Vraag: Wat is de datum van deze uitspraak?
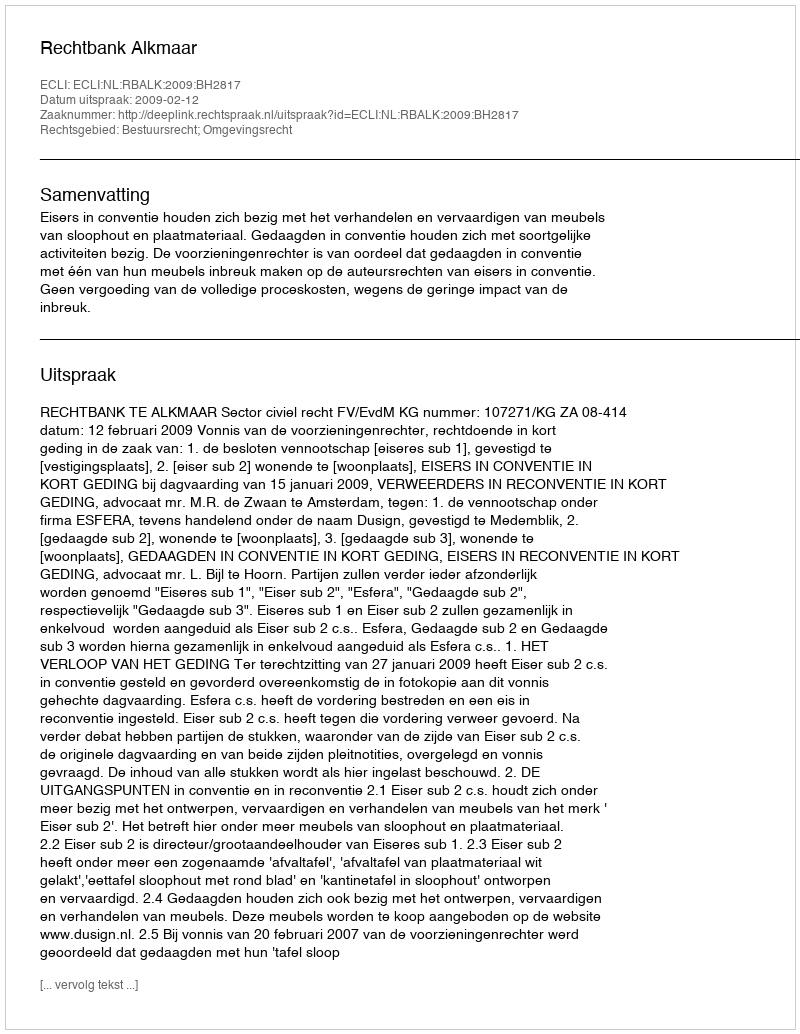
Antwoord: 2009-02-12